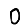
Digit: 0